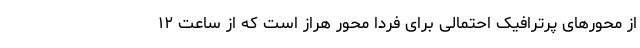
از محور‌های پرترافیک احتمالی برای فردا محور هراز است که از ساعت ۱۲